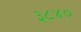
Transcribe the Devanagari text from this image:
३८४०